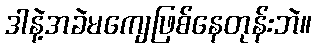
ဒါနဲ့အခဲမကျေဖြစ်နေတုန်းဘဲ။